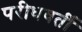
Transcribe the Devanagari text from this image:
परीधवर्ती